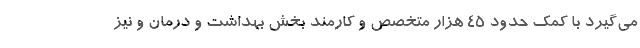
می‌گیرد با کمک حدود ۴۵ هزار متخصص و کارمند بخش بهداشت و درمان و نیز